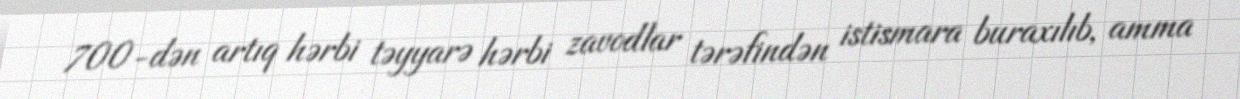
700-dən artıq hərbi təyyarə hərbi zavodlar tərəfindən istismara buraxılıb, amma